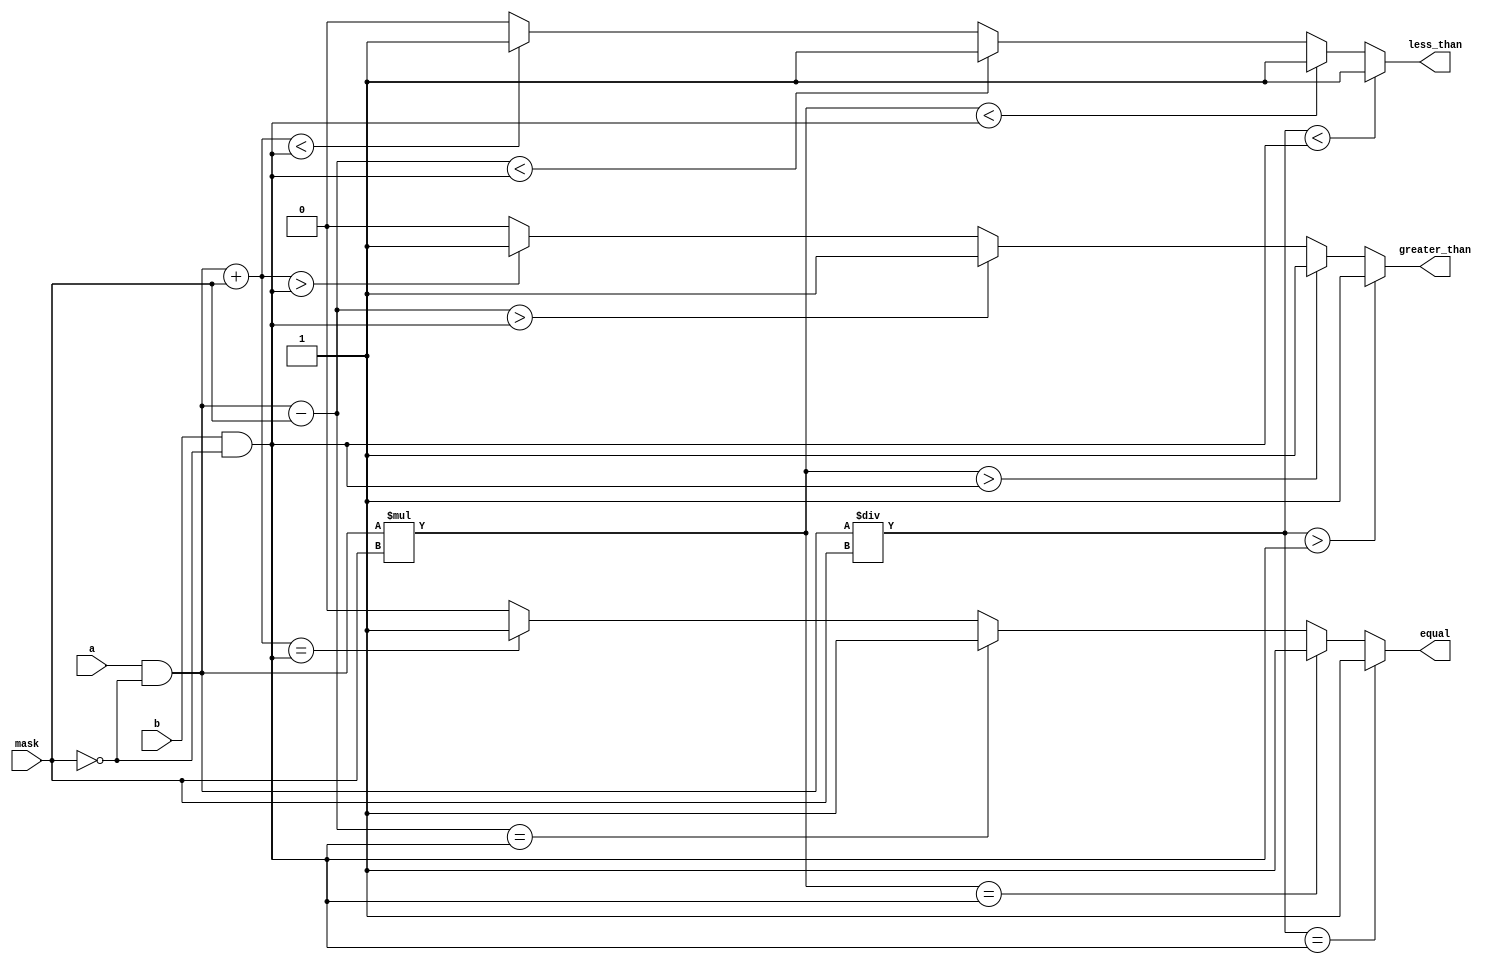
module masked_comparator(
    input signed [31:0] a,
    input signed [31:0] b,
    input [31:0] mask,
    output reg equal,
    output reg greater_than,
    output reg less_than
);

wire [31:0] masked_a, masked_b;
assign masked_a = a & ~mask;
assign masked_b = b & ~mask;

always @(*) begin
    equal = 0;
    greater_than = 0;
    less_than = 0;
    
    // Addition operation
    if(masked_a + mask == masked_b) begin
        equal = 1;
    end
    if(masked_a + mask < masked_b) begin
        less_than = 1;
    end
    if(masked_a + mask > masked_b) begin
        greater_than = 1;
    end
    
    // Subtraction operation
    if(masked_a - mask == masked_b) begin
        equal = 1;
    end
    if(masked_a - mask < masked_b) begin
        less_than = 1;
    end
    if(masked_a - mask > masked_b) begin
        greater_than = 1;
    end
    
    // Multiplication operation
    if(masked_a * mask == masked_b) begin
        equal = 1;
    end
    if(masked_a * mask < masked_b) begin
        less_than = 1;
    end
    if(masked_a * mask > masked_b) begin
        greater_than = 1;
    end
    
    // Division operation
    if(masked_a / mask == masked_b) begin
        equal = 1;
    end
    if(masked_a / mask < masked_b) begin
        less_than = 1;
    end
    if(masked_a / mask > masked_b) begin
        greater_than = 1;
    end
end

endmodule